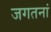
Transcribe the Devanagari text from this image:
जगतनां